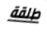
طلقة